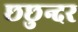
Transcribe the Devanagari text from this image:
छछुन्दर